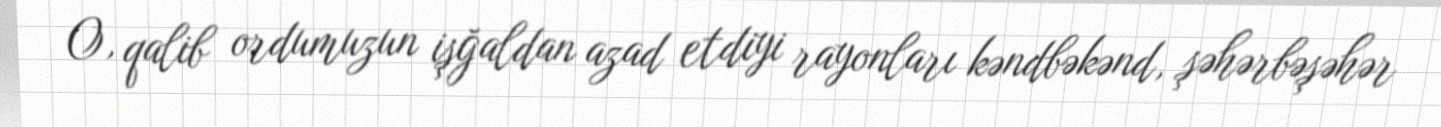
O, qalib ordumuzun işğaldan azad etdiyi rayonları kəndbəkənd, şəhərbəşəhər